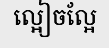
ល្អៀចល្អែ